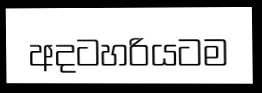
අදටහරියටම